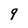
Character: q